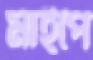
মাইপে